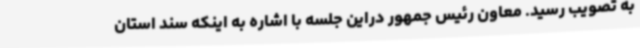
به تصویب رسید. معاون رئیس جمهور دراین جلسه با اشاره به اینکه سند استان